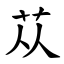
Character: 苁